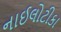
નાઈલોટીકા